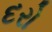
દરો